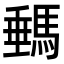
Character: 𩣷